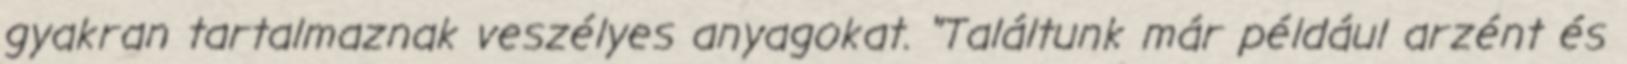
gyakran tartalmaznak veszélyes anyagokat. "Találtunk már például arzént és